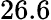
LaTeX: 26.6